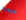
حيوية